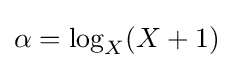
\alpha =\log _{X}(X+1)